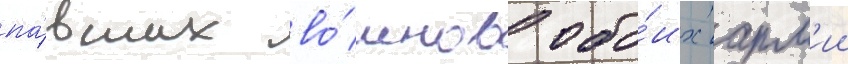
па́вших во́инов обо́их арм'ии